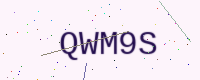
Text: QWM9S